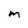
Character: m